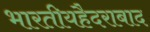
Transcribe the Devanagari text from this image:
भारतीयहैदराबाद